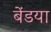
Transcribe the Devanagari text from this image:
बेंडया